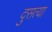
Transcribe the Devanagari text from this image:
दुसत्‍या